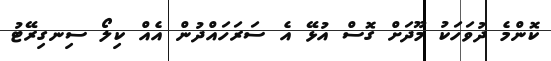
ކޮންމެ ދުވަހަކު މޫދަށް ގޮސް އުޅޭ އެ ސަރަހައްދުން އެއް ކިލޯ ސިނގިރޭޓު